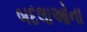
બદલાઓના